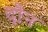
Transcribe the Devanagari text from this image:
दौन